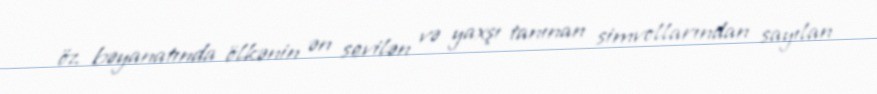
öz bəyanatında ölkənin ən sevilən və yaxşı tanınan simvollarından sayılan